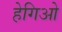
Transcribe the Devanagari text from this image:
हेगिओ